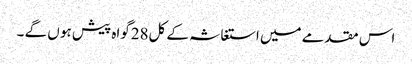
اس مقدمے میں استغاثہ کے کل28گواہ پیش ہو ں گے ۔